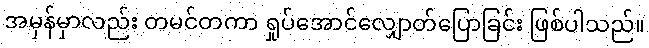
အမှန်မှာလည်း တမင်တကာ ရှုပ်အောင်လျှောတ်ပြောခြင်း ဖြစ်ပါသည်။